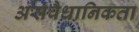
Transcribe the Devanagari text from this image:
असंवैधानिकता